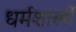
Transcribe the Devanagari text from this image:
धर्मशास्‍त्रों